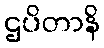
ဌပိတာနိ